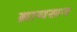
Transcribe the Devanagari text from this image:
ब्रायसन